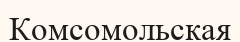
Комсомольская